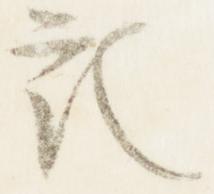
記